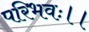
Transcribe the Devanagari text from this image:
परिभवः।।